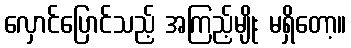
လှောင်ပြောင်သည့် အကြည့်မျိုး မရှိတော့။